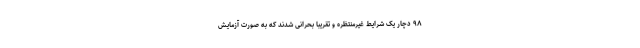
۹۸ دچار یک شرایط غیرمنتظره و تقریبا بحرانی شدند که به صورت آزمایش